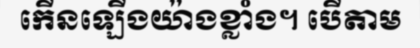
កើនឡើងយ៉ាងខ្លាំង។ បើតាម